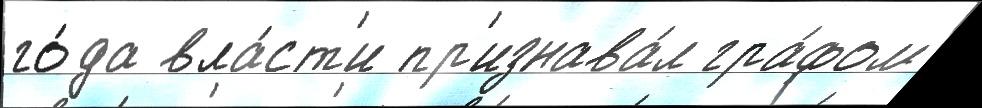
го́да вла́ст'и пр'изнава́л гра́фом